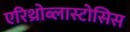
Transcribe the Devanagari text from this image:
एरिथ्रोब्लास्टोसिस